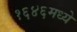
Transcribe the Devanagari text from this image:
१६४६मध्ये